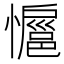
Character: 𭟊